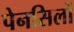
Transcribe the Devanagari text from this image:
पेनसिलों